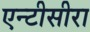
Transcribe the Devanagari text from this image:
एन्टीसीरा